Vaccination in the Punjab 1897-1904 - 1897-1904
Year: 1897
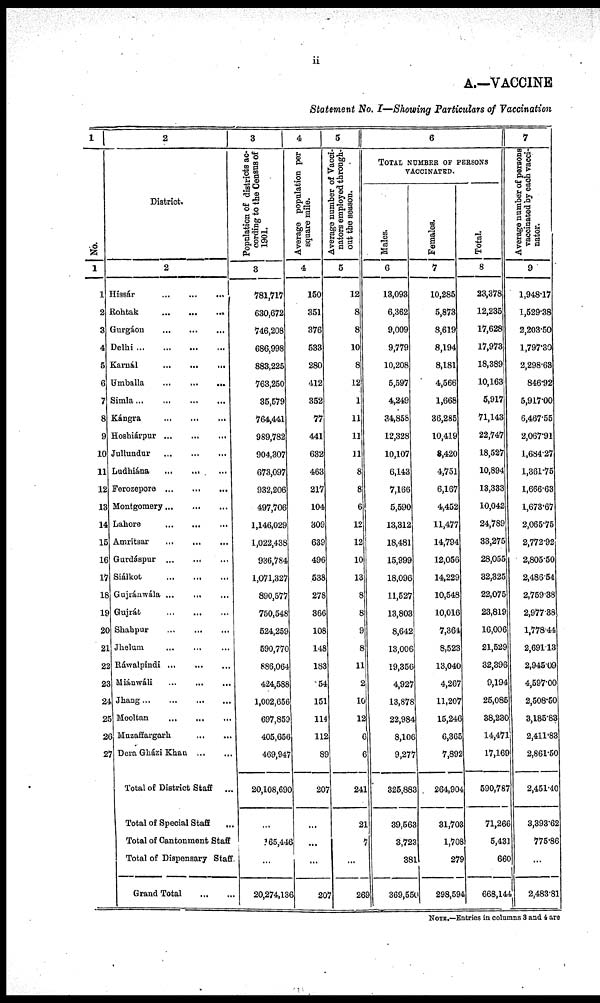
ii
A.—VACCINE
Statement No. I—Showing Particulars of Vaccination
1
No.
1
1
2
3
4
5
6
7
8
9
10
11
12
13
14
15
16
17
18
19
20
21
22
23
24
25
26
27
2
District.
2
Hissár
...
...
...
...
Rohtak
...
...
...
...
Gurgáon ... ... ... ...
Delhi
...
...
...
...
Karnál
...
...
...
...
Umballa
...
...
...
...
Simla
...
...
...
...
Kángra
...
...
...
...
Hoshiáipur
...
...
...
Jullundur
...
...
...
Ludhiána ... ... ...
Ferozepore
...
...
...
Montgomery
...
...
...
Lahore
...
...
...
...
Amritsar
...
...
...
Gurdáspur ... ... ...
Siálkot
...
...
...
...
Gujránwála ... ... ...
Gujrát
...
...
...
Shahpur
...
...
...
Jhelum ... ... ...
Ráwalpindi ... ... ...
Miánwáli ... ... ...
Jhang
...
...
...
...
Mooltan ... ... ...
Muzaffargarh
...
...
...
Dera Gházi Khan
...
...
Total of District Staff
...
Total of Special Staff ...
Total of Cantonment Staff
Total of Dispensary Staff
Grand Total ... ...
3
Population of districts ac-
cording to the Census of
1901.
3
781,717
630,672
746,208
686,998
883,225
763,250
35,579
764,441
989,782
904,307
673,097
932,206
497,706
1,146,029
1,022,438
936,784
1,071,327
890,577
750,548
524,259
590,770
886,064
424,588
1,002,656
697,859
405,656
469,947
20,108,690
...
165,446
...
20,274,136
4
Average population per
square mile.
4
150
351
376
533
280
412
352
77
441
632
463
217
104
309
639
496
538
278
366
108
148
183
54
151
114
112
89
207
...
...
...
207
5
Average number of Vacci-
nators employed through-
out the season.
5
12
8
8
10
8
12
1
11
11
11
8
8
6
12
12
10
13
8
8
9
8
11
2
10
12
6
6
241
21
7
...
269
6
TOTAL NUMBER OF PERSONS
VACCINATED.
Males.
6
13,093
6,362
9,009
9,779
10,208
5,597
4,249
34,858
12,328
10,107
6,143
7,166
5,590
13,312
18,481
15,999
18,096
11,527
13,803
8,642
13,006
19,356
4,927
13,878
22,984
8,106
9,277
325,883
39,563
3,723
381
369,550
Females.
7
10,285
5,873
8,619
8,194
8,181
4,566
1,668
36,285
10,419
8,420
4,751
6,167
4,452
11,477
14,794
12,056
14,229
10,548
10,016
7,364
8,523
13,040
4,267
11,207
15,246
6,365
7,892
264,904
31,703
1,708
279
298,594
Total.
8
23,378
12,235
17,628
17,973
18,389
10,163
5,917
71,143
22,747
18,527
10,894
13,333
10,042
24,789
33,275
28,055
32,325
22,075
23,819
16,006
21,529
32,396
9,194
25,085
38,230
14,471
17,169
590,787
71,266
5,431
660
668,144
7
Average number of persons
vaccinated by each vacci-
nator.
9
1,948.17
1,529.38
2,203.50
1,797.30
2,298.63
846.92
5,917.00
6,467.55
2,067.91
1,684.27
1,361.75
1,666.63
1,673.67
2,065.75
2,772.92
2,805.50
2,486.54
2,759.38
2,977.38
1,778.44
2,691.13
2,945.09
4,597.00
2,508.50
3,185.83
2,411.83
2,861.50
2,451.40
3,393.62
775.86
...
2,483.81
NOTE.—Entries in columns 3 and 4 are